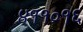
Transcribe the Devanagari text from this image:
४११०१६